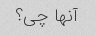
آنها چی؟